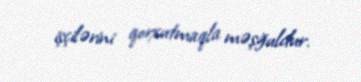
işçilərini qorxutmaqla məşğuldur.